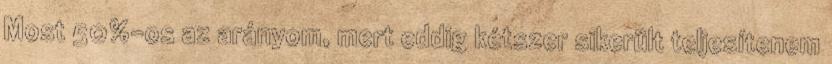
Most 50%-os az arányom, mert eddig kétszer sikerült teljesítenem